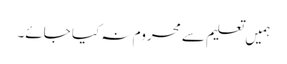
ہمیں تعلیم سے محروم نہ کیا جائے۔